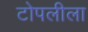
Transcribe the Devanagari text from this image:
टोपलीला